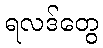
ရလဒ်တွေ